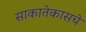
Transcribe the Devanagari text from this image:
साकातेकासचे